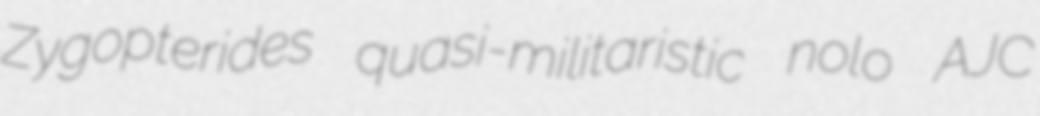
Zygopterides quasi-militaristic nolo AJC